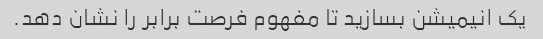
یک انیمیشن بسازید تا مفهوم فرصت برابر را نشان دهد.